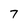
Character: 7